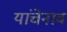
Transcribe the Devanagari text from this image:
यांचेनाव